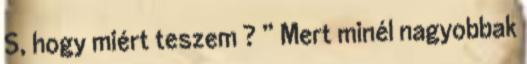
S, hogy miért teszem ? ” Mert minél nagyobbak